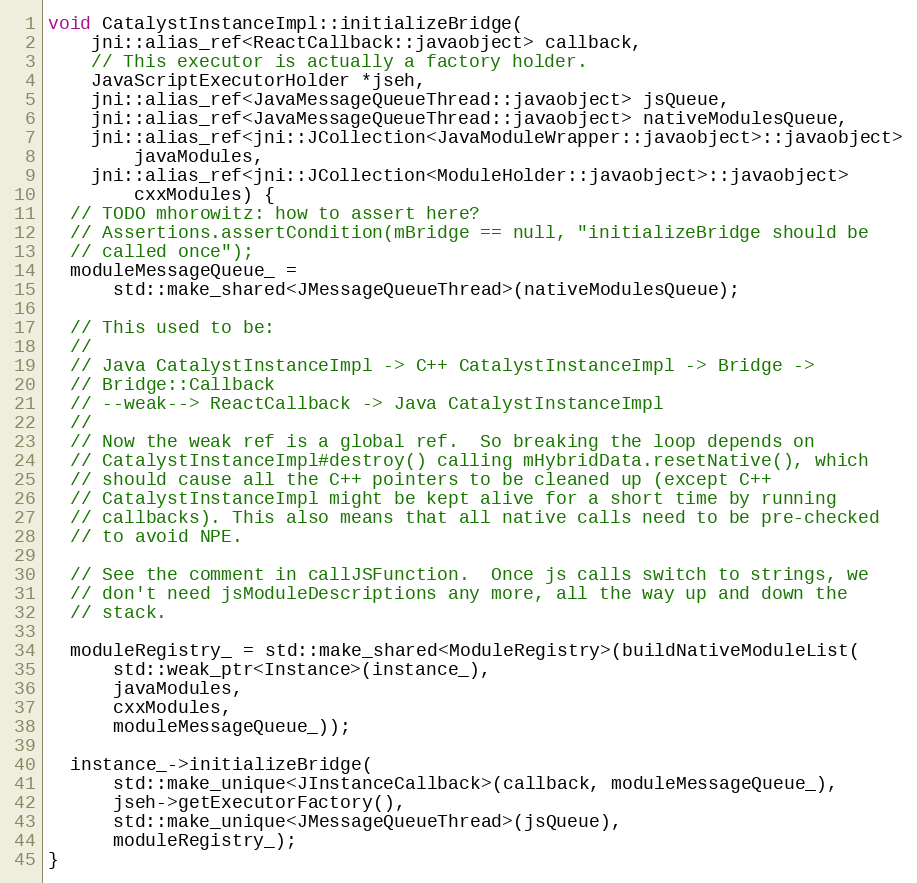
Language: C++
void CatalystInstanceImpl::initializeBridge(
    jni::alias_ref<ReactCallback::javaobject> callback,
    // This executor is actually a factory holder.
    JavaScriptExecutorHolder *jseh,
    jni::alias_ref<JavaMessageQueueThread::javaobject> jsQueue,
    jni::alias_ref<JavaMessageQueueThread::javaobject> nativeModulesQueue,
    jni::alias_ref<jni::JCollection<JavaModuleWrapper::javaobject>::javaobject>
        javaModules,
    jni::alias_ref<jni::JCollection<ModuleHolder::javaobject>::javaobject>
        cxxModules) {
  // TODO mhorowitz: how to assert here?
  // Assertions.assertCondition(mBridge == null, "initializeBridge should be
  // called once");
  moduleMessageQueue_ =
      std::make_shared<JMessageQueueThread>(nativeModulesQueue);

  // This used to be:
  //
  // Java CatalystInstanceImpl -> C++ CatalystInstanceImpl -> Bridge ->
  // Bridge::Callback
  // --weak--> ReactCallback -> Java CatalystInstanceImpl
  //
  // Now the weak ref is a global ref.  So breaking the loop depends on
  // CatalystInstanceImpl#destroy() calling mHybridData.resetNative(), which
  // should cause all the C++ pointers to be cleaned up (except C++
  // CatalystInstanceImpl might be kept alive for a short time by running
  // callbacks). This also means that all native calls need to be pre-checked
  // to avoid NPE.

  // See the comment in callJSFunction.  Once js calls switch to strings, we
  // don't need jsModuleDescriptions any more, all the way up and down the
  // stack.

  moduleRegistry_ = std::make_shared<ModuleRegistry>(buildNativeModuleList(
      std::weak_ptr<Instance>(instance_),
      javaModules,
      cxxModules,
      moduleMessageQueue_));

  instance_->initializeBridge(
      std::make_unique<JInstanceCallback>(callback, moduleMessageQueue_),
      jseh->getExecutorFactory(),
      std::make_unique<JMessageQueueThread>(jsQueue),
      moduleRegistry_);
}